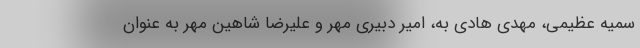
سمیه عظیمی، مهدی هادی به، امیر دبیری مهر و علیرضا شاهین مهر به عنوان